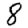
Digit: 8